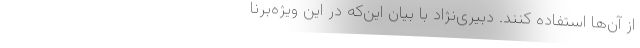
از آن‌ها استفاده کنند. دبیری‌نژاد با بیان این‌که در این ویژه‌برنا